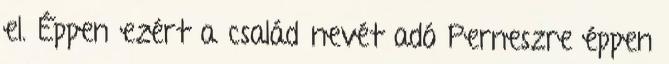
el. Éppen ezért a család nevét adó Perneszre éppen